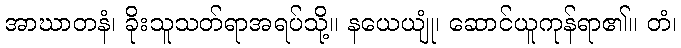
အာဃာတနံ၊ ခိုးသူသတ်ရာအရပ်သို့။ နယေယျုံ၊ ဆောင်ယူကုန်ရာ၏။ တံ၊